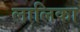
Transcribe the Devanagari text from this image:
लालिका